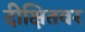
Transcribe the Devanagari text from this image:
दीक्षितवर